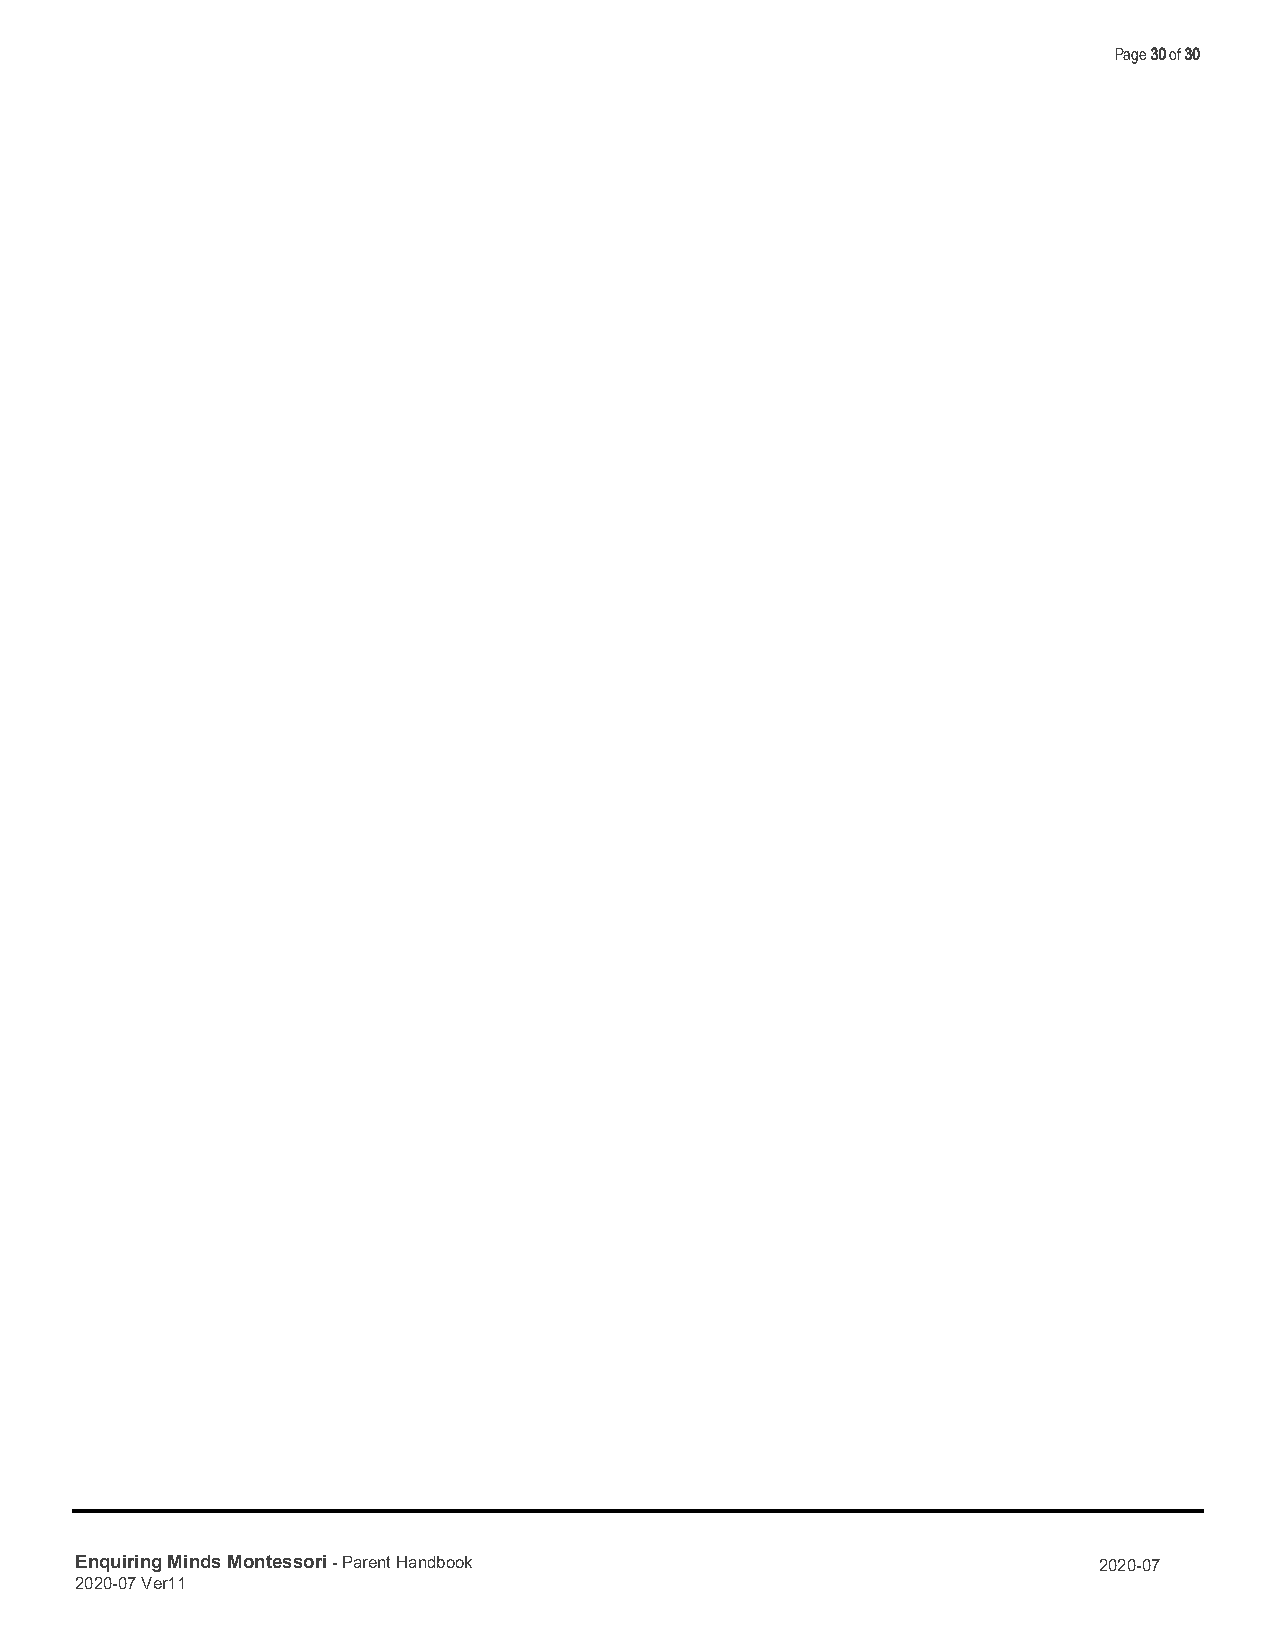
Page 30 of 30
 Enquiring Minds Montessori - Parent Handbook                        2020-07
 2020-07 Ver11